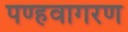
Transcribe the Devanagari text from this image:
पण्हवागरण